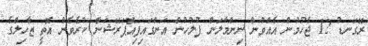
ރޭގަނޑު 12 ޖެހުމުން އެއްވުން ނިންމާލަން ފުލުހުން އަންގައިފިއޮޕަރޭޝަން ކުރެވެން އޮތީ ޒާހިލްގެ